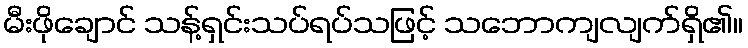
မီးဖိုချောင် သန့်ရှင်းသပ်ရပ်သဖြင့် သဘောကျလျက်ရှိ၏။